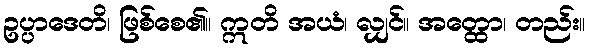
ဥပ္ပာဒေတိ၊ ဖြစ်စေ၏။ ဣတိ အယံ၊ လျှင်။ အတ္ထော၊ တည်း။